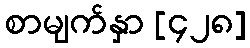
စာမျက်နှာ [၄၂၈]